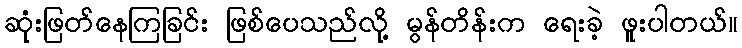
ဆုံးဖြတ်နေကြခြင်း ဖြစ်ပေသည်လို့ မွန်တိန်းက ရေးခဲ့ ဖူးပါတယ်။